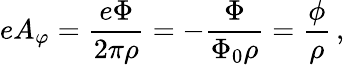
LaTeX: eA_{\varphi}={\frac{e\Phi}{2\pi\rho}}=-{\frac{\Phi}{\Phi_{0}\rho}}={\frac{\phi}{\rho}}\, ,